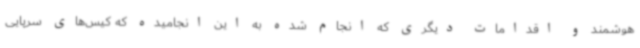
هوشمند و اقدامات دیگری که انجام شده به این انجامیده که کیس‌های سرپایی